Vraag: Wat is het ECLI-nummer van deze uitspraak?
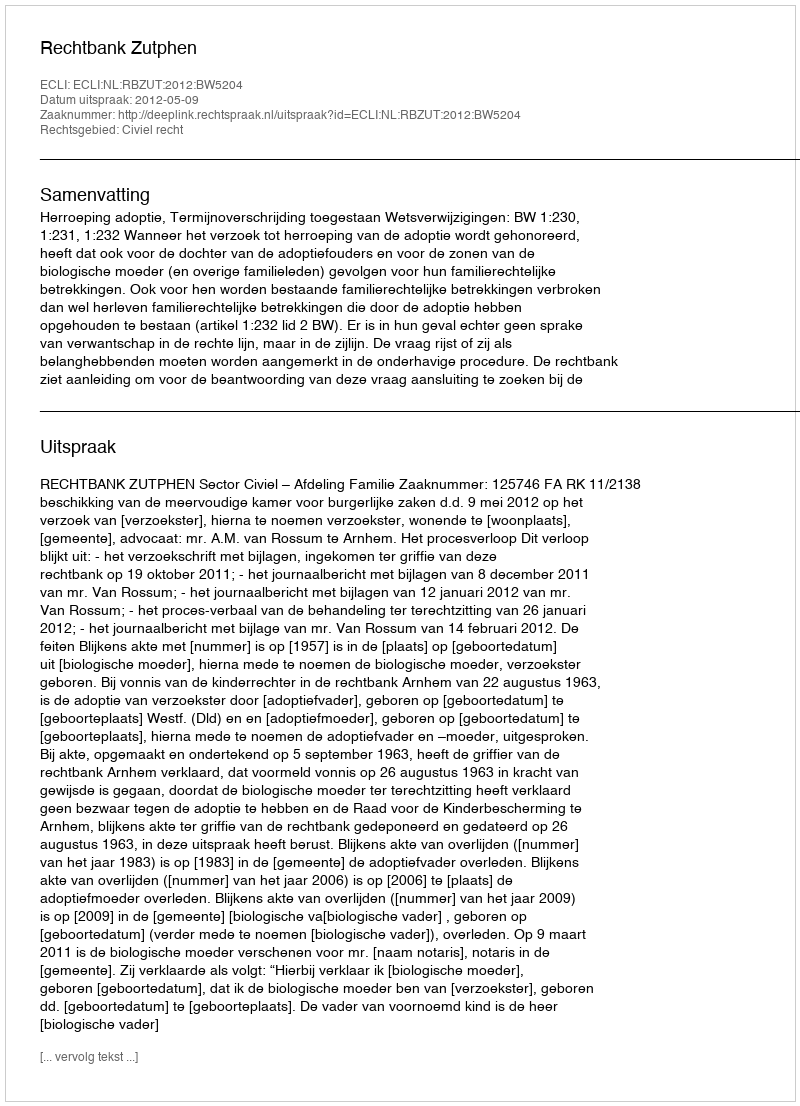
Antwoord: ECLI:NL:RBZUT:2012:BW5204